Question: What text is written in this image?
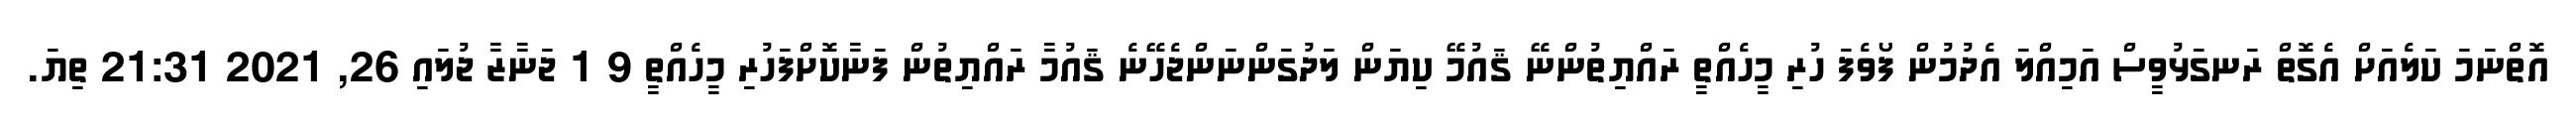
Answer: އޮތްނަމަ ކަލެއަށް އެގޮތް ރަނގަޅުވީސް އަމިއްލަ އެދުމުން ފޯވެފަ ހުރި މީހެއްތީ ރައްޔިތުންނޭ ޤައުމޭ ކިޔަން ލަދުގަންނަންޖެހޭނެ ޤައުމާ ރައްޔިތުން ފަނާކޮށްފަހުރި މީހެއްތީ 9 1 ޖަނާޒާ ޖުލައި 26, 2021 21:31 ތިޔަ.